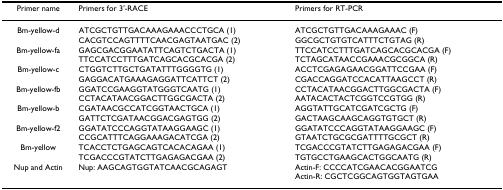
<table><thead><tr><td><b>Primer name</b></td><td><b>Primers for 3&#x27;-RACE</b></td><td><b>Primers for RT-PCR</b></td></tr></thead><tbody><tr><td>Bm-yellow-d</td><td>ATCGCTGTTGACAAAGAAACCCTGCA (1)CACGTCCAGTTTTCAACGAGTAATGAC (2)</td><td>ATCGCTGTTGACAAAGAAAC (F)GGCGCTGTGTCATTTCTGTAG (R)</td></tr><tr><td>Bm-yellow-fa</td><td>GAGCGACGGAATATTCAGTCTGACTA (1)TTCCATCCTTTGATCAGCACGCACGA (2)</td><td>TTCCATCCTTTGATCAGCACGCACGA (F)TCTAGCATAACCGAAACGCGGCA (R)</td></tr><tr><td>Bm-yellow-c</td><td>CTGGTCTTGCTGATATTTGGGGTG (1)GAGGACATGAAAGAGGATTCATTCT (2)</td><td>ACCTCGAGAGAACGGATTCCGAA (F)CGACCAGGATCCACATTAAGCCT (R)</td></tr><tr><td>Bm-yellow-fb</td><td>GGATCCGAAGGTATGGGTCAATG (1)CCTACATAACGGACTTGGCGACTA (2)</td><td>CCTACATAACGGACTTGGCGACTA (F)AATACACTACTCGGTCCGTGG (R)</td></tr><tr><td>Bm-yellow-b</td><td>CGATAACGCCATCGGTAACTGCA (1)GATTCTCGATAACGGACGAGTGG (2)</td><td>AGGTATTGCATCGATCGCTG (F)GACTAAGCAAGCAGGTGTGCT (R)</td></tr><tr><td>Bm-yellow-f2</td><td>GGATATCCCAGGTATAAGGAAGC (1)CCGCATTTCAGGAAAGACATCGA (2)</td><td>GGATATCCCAGGTATAAGGAAGC (F)GTAATCTGCGCGATTTTGCGCT (R)</td></tr><tr><td>Bm-yellow</td><td>TCACCTCTGAGCAGTCACACAGAA (1)TCGACCCGTATCTTGAGAGACGAA (2)</td><td>TCGACCCGTATCTTGAGAGACGAA (F)TGTGCCTGAAGCACTGGCAATG (R)</td></tr><tr><td>Nup and Actin</td><td>Nup: AAGCAGTGGTATCAACGCAGAGT</td><td>Actin-F: CCCCATCGAACACGGAATCGActin-R: CGCTCGGCAGTGGTAGTGAA</td></tr></tbody></table>